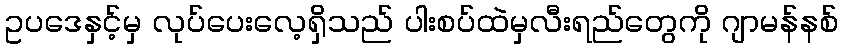
ဥပဒေနှင့်မှ လုပ်ပေးလေ့ရှိသည် ပါးစပ်ထဲမှလီးရည်တွေကို ဂျာမန်နစ်